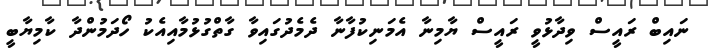
ނައިބް ރައީސް ވިދާޅުވީ ރައީސް ޔާމިނާ އެމަނިކުފާނާ ދެމެދުގައިވާ ގާތްގުޅުމާއިއެކު ހޯދަމުންދާ ކާމިޔާބީ